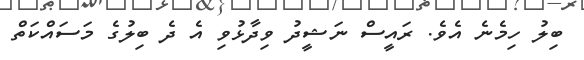
ބިލު ހިމެނެ އެވެ. ރައީސް ނަޝީދު ވިދާޅުވި އެ ދެ ބިލުގެ މަސައްކަތް